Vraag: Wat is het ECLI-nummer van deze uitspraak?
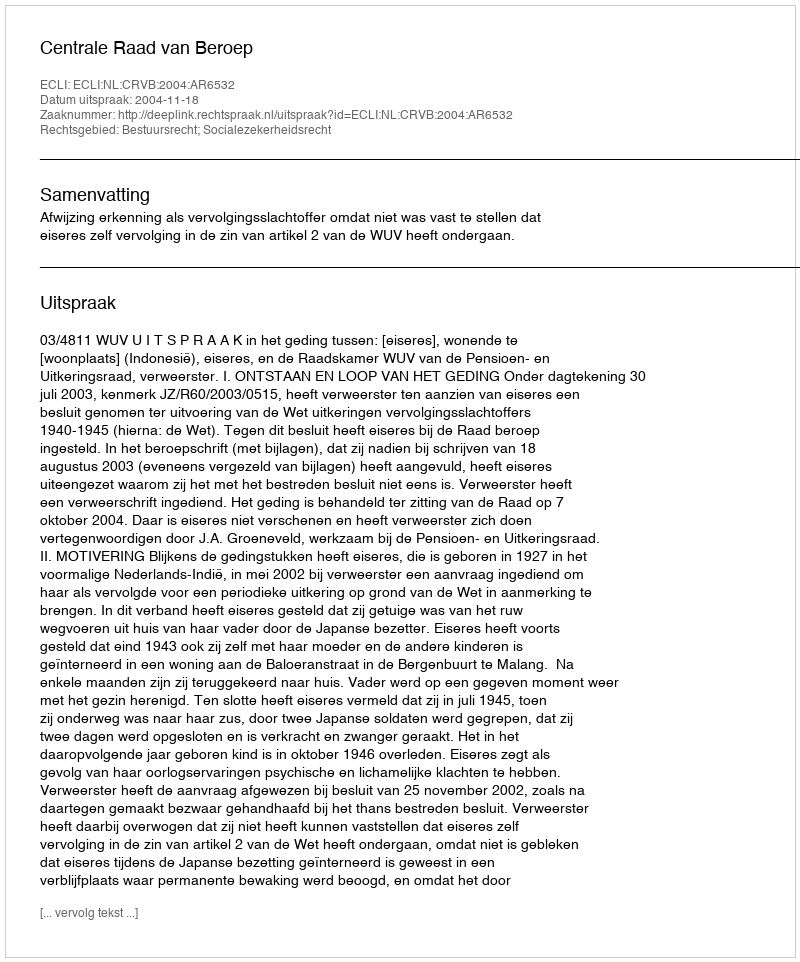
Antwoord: ECLI:NL:CRVB:2004:AR6532